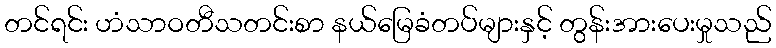
တင်ရင်း ဟံသာဝတီသတင်းစာ နယ်မြေခံတပ်များနှင့် တွန်းအားပေးမှုသည်